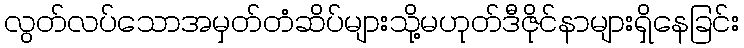
လွတ်လပ်သောအမှတ်တံဆိပ်များသို့မဟုတ်ဒီဇိုင်နာများရှိနေခြင်း